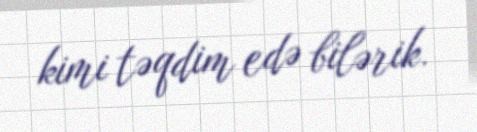
kimi təqdim edə bilərik.